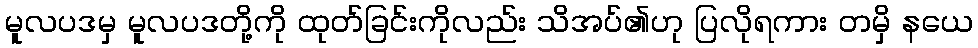
မူလပဒမှ မူလပဒတို့ကို ထုတ်ခြင်းကိုလည်း သိအပ်၏ဟု ပြလိုရကား တမှိ နယေ